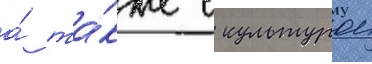
а́ та́кже с культурои